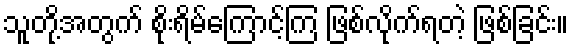
သူတို့အတွက် စိုးရိမ်ကြောင့်ကြ ဖြစ်လိုက်ရတဲ့ ဖြစ်ခြင်း။